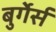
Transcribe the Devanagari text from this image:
बुर्गेर्स